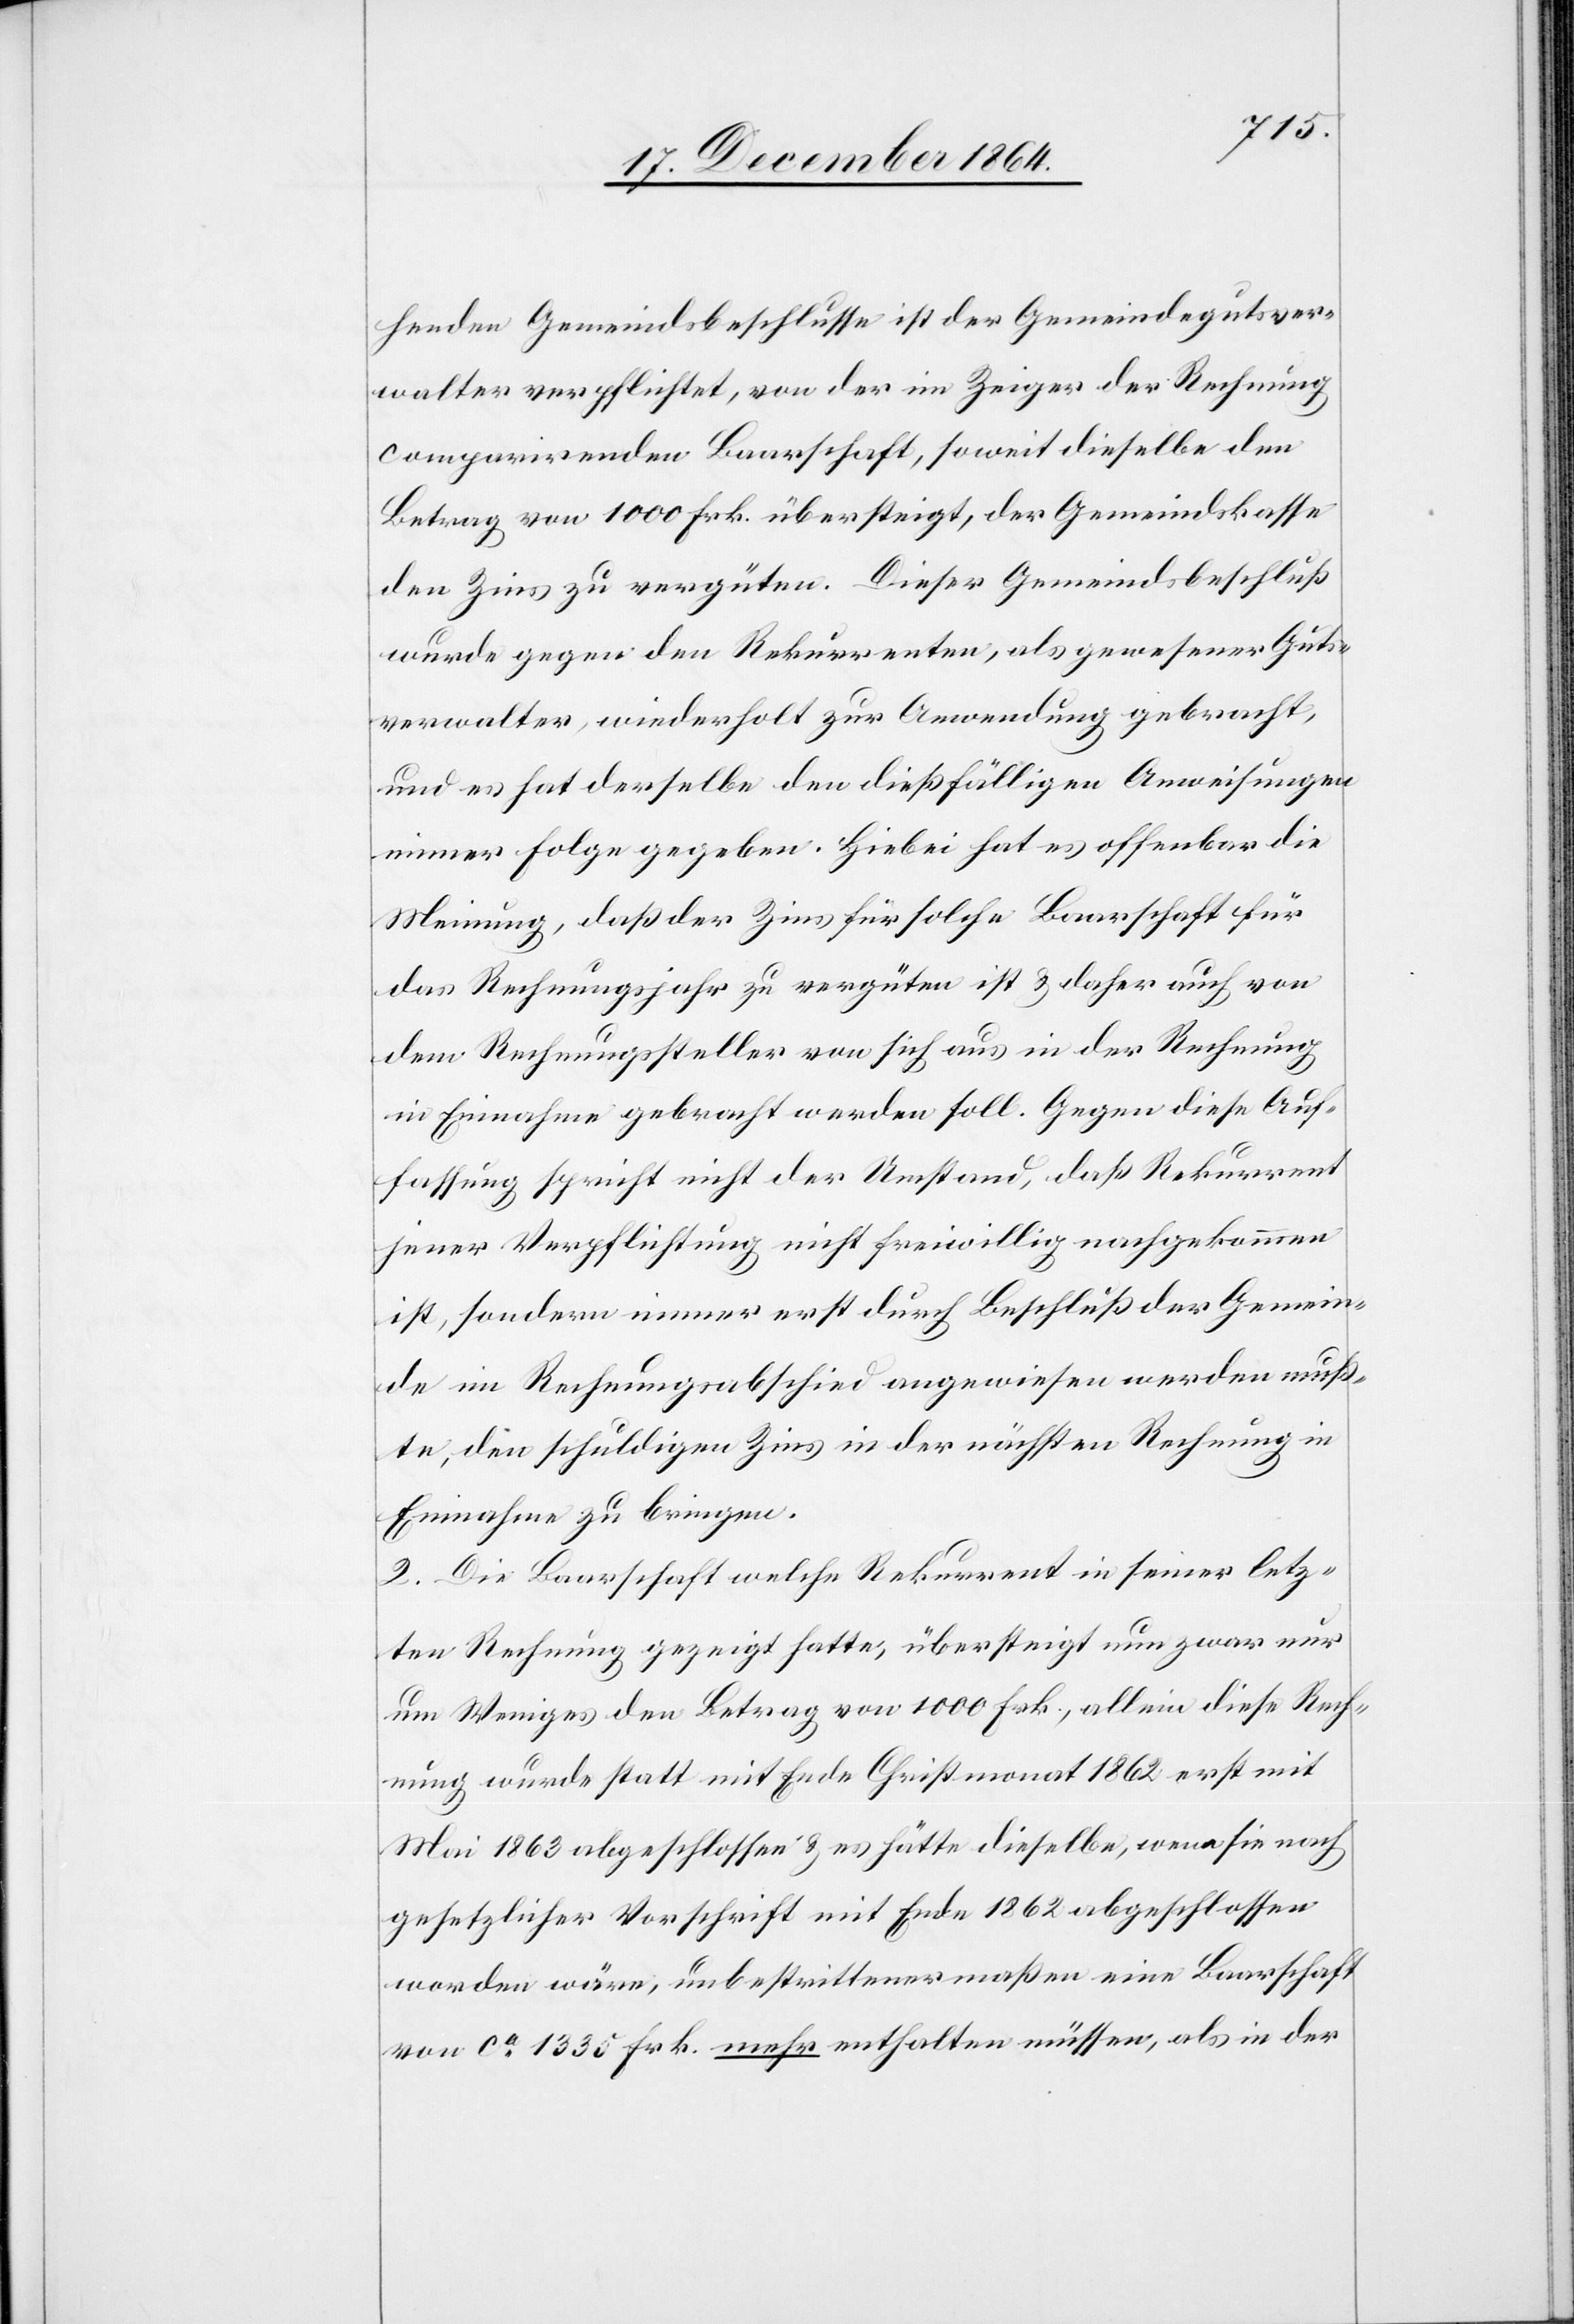
henden Gemeindsbeschlusse ist der Gemeindegutsver¬
walter verpflichtet, von der im Zeiger der Rechnung
comparirenden Baarschaft, soweit dieselbe den
Betrag von 1000 Frk. übersteigt, der Gemeindekasse
den Zins zu vergüten. Dieser Gemeindsbeschluß
wurde gegen den Rekurrenten, als gewesener Guts¬
verwalter, wiederholt zur Anwendung gebracht,
und es hat derselbe den dießfälligen Anweisungen
immer Folge gegeben. Hiebei hat es offenbar die
Meinung, daß der Zins für solche Baarschaft für
das Rechnungsjahr zu vergüten ist & daher auch von
dem Rechnungssteller von sich aus in der Rechnung
in Einnahme gebracht werden soll. Gegen diese Auf¬
fassung spricht nicht der Umstand, daß Rekurrent
jener Verpflichtung nicht freiwilligt nachgekommen
ist, sondern immer erst durch Beschluß der Gemein¬
de im Rechnungsabschied angewiesen werden muß¬
te, den schuldigen Zins in der nächsten Rechnung in
Einnahme zu bringen.
2. Die Baarschaft welche Rekurrent in seiner letz¬
ten Rechnung gezeigt hatte, übersteigt nun zwar nur
um Weniges den Betrag von 1000 Frk., allein diese Rech¬
nung wurde statt mit Ende Christmonat 1862 erst mit
Mai 1863 abgeschlossen & es hätte dieselbe, wenn sie nach
gesetzlicher Vorschrift mit Ende 1862 abgeschlossen
worden wäre, unbestrittenermaßen eine Baarschaft
von ca 1335 Frk. mehr enthalten müssen, als in der